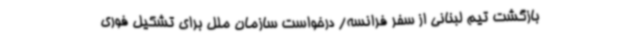
بازگشت تیم لبنانی از سفر فرانسه/ درخواست سازمان ملل برای تشکیل فوری